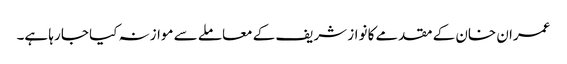
عمران خان کے مقدمے کا نواز شریف کے معاملے سے موازنہ کیا جا رہا ہے۔